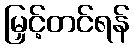
မြှင့်တင်ရန်